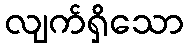
လျက်ရှိသော